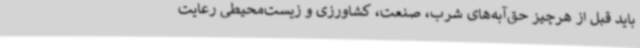
باید قبل از هرچیز حق‌آبه‌های شرب، صنعت، کشاورزی و زیست‌محیطی رعایت